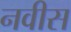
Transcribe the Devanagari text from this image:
नवीस